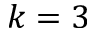
k = 3